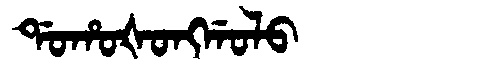
Manchu: ᡩᠣᡥᠣᡧᠣᠩᡤᠣᠯᠣ
Romanization: DOHOŠONGGOLO